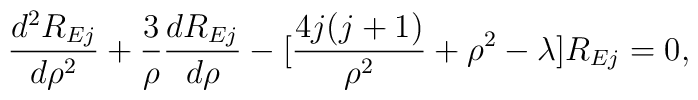
\frac{d^2 R_{Ej}}{d\rho^2} +\frac{3}{\rho}\frac{d R_{Ej}}{d\rho}-[\frac{4j(j+1)}{\rho^2}+\rho^2-\lambda ]R_{Ej}=0,